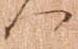
へ